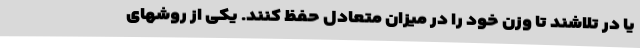
یا در تلاشند تا وزن خود را در میزان متعادل حفظ کنند. یکی از روشهای